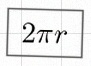
2\pi r